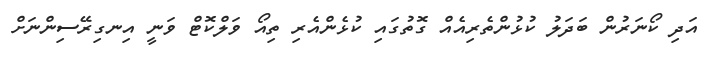
އަދި ކޯނަރުން ބަދަލު ކުޅުންތެރިއެއް ގޮތުގައި ކުޅެންއެރި ތިއޯ ވަލްކޮޓް ވަނީ އިނގިރޭސިންނަށް